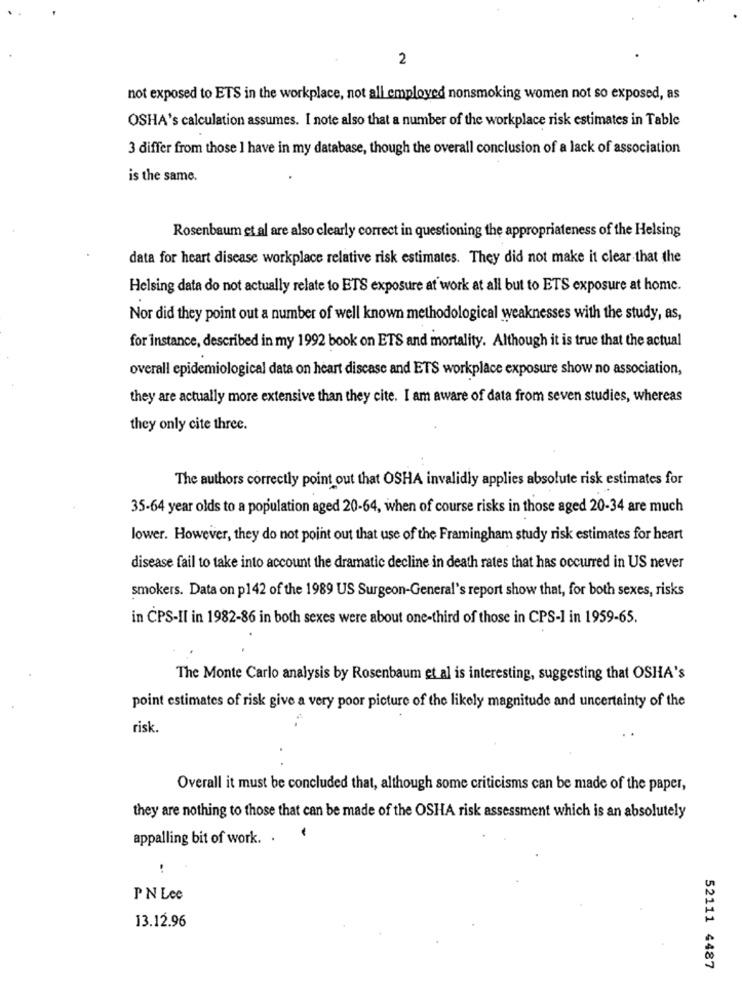
2
not exposed to ETS in the workplace, not all employed nonsmoking women not so exposed, as
OSHA's calculation assumes. I note also that a number of the workplace risk estimates in Table
3 differ from those I have in my database, though the overall conclusion of a lack of association
is the same.
Rosenbaum et al are also clearly correct in questioning the appropriateness of the Helsing
data for heart disease workplace relative risk estimates. They did not make it clear that the
Helsing data do not actually relate to ETS exposure at work at all but to ETS exposure at home.
Nor did they point out a number of well known methodological weaknesses with the study, as,
for instance, described in my 1992 book on ETS and mortality. Although it is true that the actual
overall epidemiological data on heart discase and ETS workplace exposure show no association,
they are actually more extensive than they cite. I am aware of data from seven studies, whereas
they only cite three.
The authors correctly point out that OSHA invalidly applies absolute risk estimates for
35-64 year olds to a population aged 20-64, when of course risks in those aged 20-34 are much
lower. However, they do not point out that use of the Framingham study risk estimates for heart
disease fail to take into account the dramatic decline in death rates that has occurred in US never
smokers. Data on p142 of the 1989 US Surgeon-General's report show that, for both sexes, risks
in CPS-II in 1982-86 in both sexes were about one-third of those in CPS-1 in 1959-65.
The Monte Carlo analysis by Rosenbaum et al is interesting, suggesting that OSHA's
point estimates of risk give a very poor picture of the likely magnitude and uncertainty of the
risk.
Overall it must be concluded that, although some criticisms can be made of the paper,
they are nothing to those that can be made of the OSHA risk assessment which is an absolutely
-
appalling bit of work. .
..
PN Lee
13.12.96
52111 4487